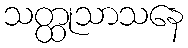
သတ္ထုသာသနေ